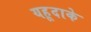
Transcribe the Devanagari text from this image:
यहूदाके